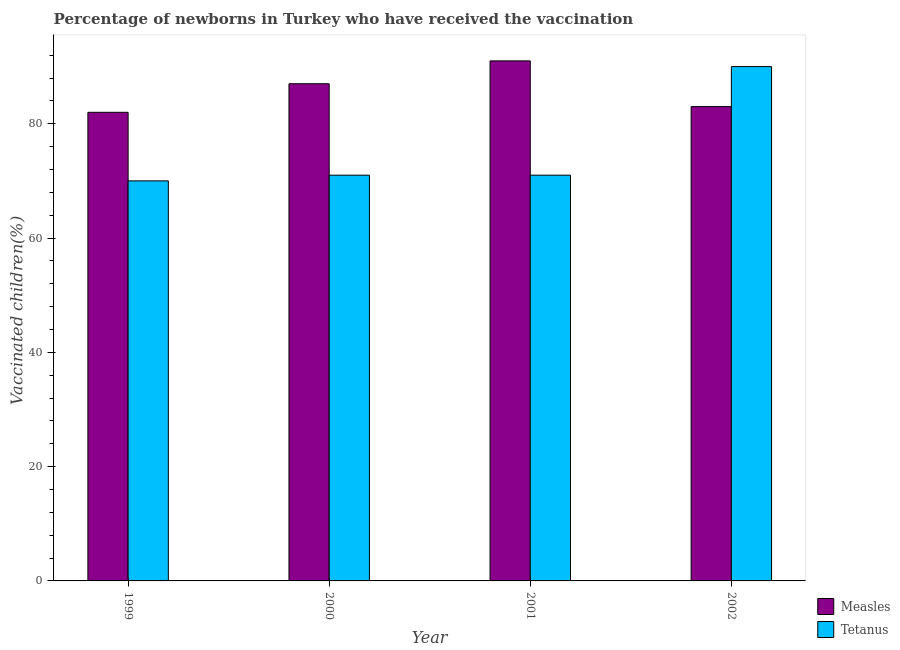
| Year | Measles | Tetanus |
 | --- | --- | --- |
 | 1999 | 82 | 70 |
 | 2000 | 87 | 71 |
 | 2001 | 91 | 71 |
 | 2002 | 83 | 90 |